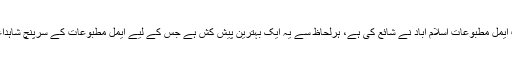
474صفحات پر مشتمل یہ کتاب ایمل مطبوعات اسلام آباد نے شائع کی ہے، ہرلحاظ سے یہ ایک بہترین پیش کش ہے جس کے لیے ایمل مطبوعات کے سرپنچ شاہداعوان مبارک باد کے حق دار ہیں۔